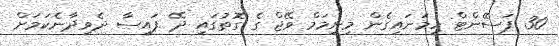
30 ޕަސެެންޓް ހިމަނައިގެން މިނިމަމް ވޭޖް ގެ ގޮތުގައި ދޭ ފައިސާ ދެވިދާނެކަމަށް